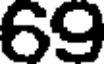
69